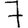
Digit: 7